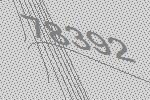
78392